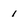
Character: 1